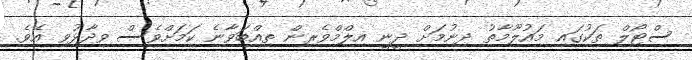
ސްޓޯލް ތަކުގައި މައުލޫމާތު ދިނުމަށް ދީނީ އިލްމްވެރިން ތިއްބަވާނެ ކަމަށްވެސް ވިދާޅުވި އެވެ.